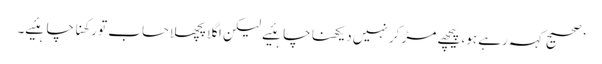
’ صحیح کہہ رہے ہو، پیچھے مڑ کر نہیں دیکھنا چاہئیے لیکن اگلا پچھلا حساب تو رکھنا چاہئیے۔